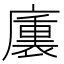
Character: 𭚁